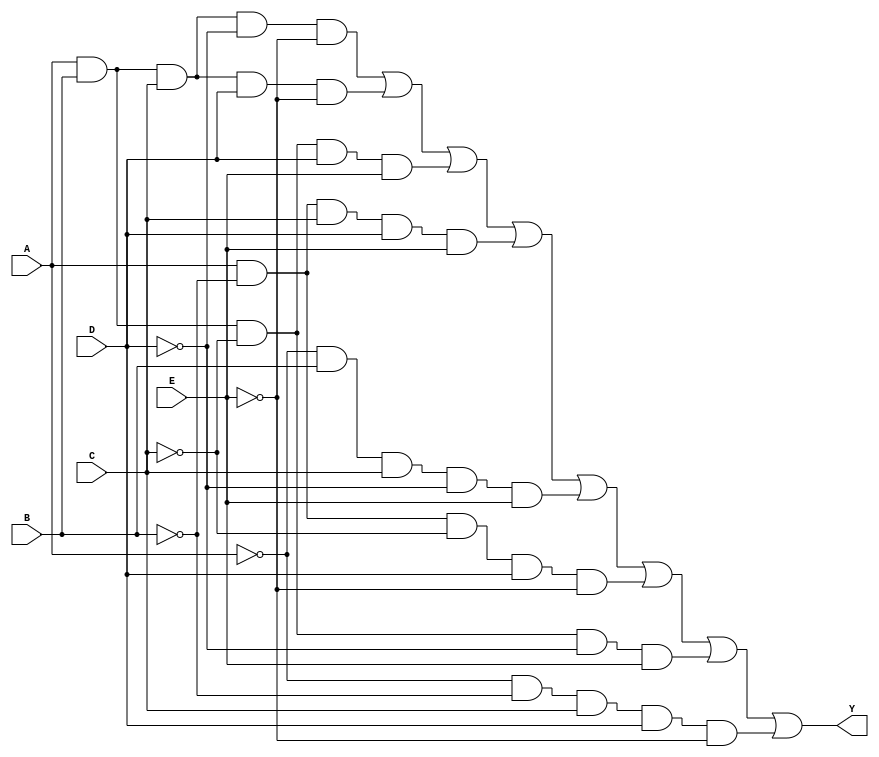
module five_variable_kmap (
    input wire A,  // Input variable A
    input wire B,  // Input variable B
    input wire C,  // Input variable C
    input wire D,  // Input variable D
    input wire E,  // Input variable E
    output wire Y  // Output variable Y
);

// Define the output Y based on the K-map simplification
// This example assumes a hypothetical function with minterms
// You should replace the expression with the actual simplified expression from your K-map
assign Y = (A & B & C & ~D & ~E) | // Minterm 0
           (A & B & C & D & ~E)  | // Minterm 1
           (A & B & ~C & D & E)  | // Minterm 2
           (A & ~B & C & D & E)  | // Minterm 3
           (~A & B & C & ~D & E)  | // Minterm 4
           (A & ~B & ~C & D & ~E) | // Minterm 5
           (A & B & ~C & ~D & E)  | // Minterm 6
           (~A & ~B & C & D & ~E); // Minterm 7

endmodule